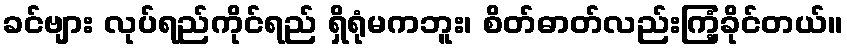
ခင်ဗျား လုပ်ရည်ကိုင်ရည် ရှိရုံမကဘူး၊ စိတ်ဓာတ်လည်းကြံ့ခိုင်တယ်။